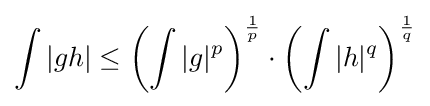
\int |gh|\leq \left(\int |g|^{p}\right)^{1 \over p}\cdot \left(\int |h|^{q}\right)^{1 \over q}